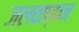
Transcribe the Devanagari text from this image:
जलवाष्पन